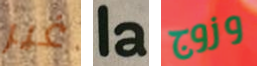
غير la وزوج